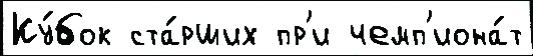
Ку́бок ста́рших пр'и чемп'иона́т